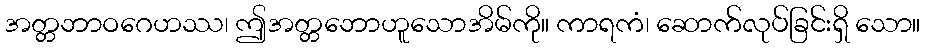
အတ္တဘာဝဂေဟဿ၊ ဤအတ္တဘောဟူသောအိမ်ကို။ ကာရကံ၊ ဆောက်လုပ်ခြင်းရှိ သော။